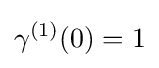
\gamma ^{(1)}(0)=1